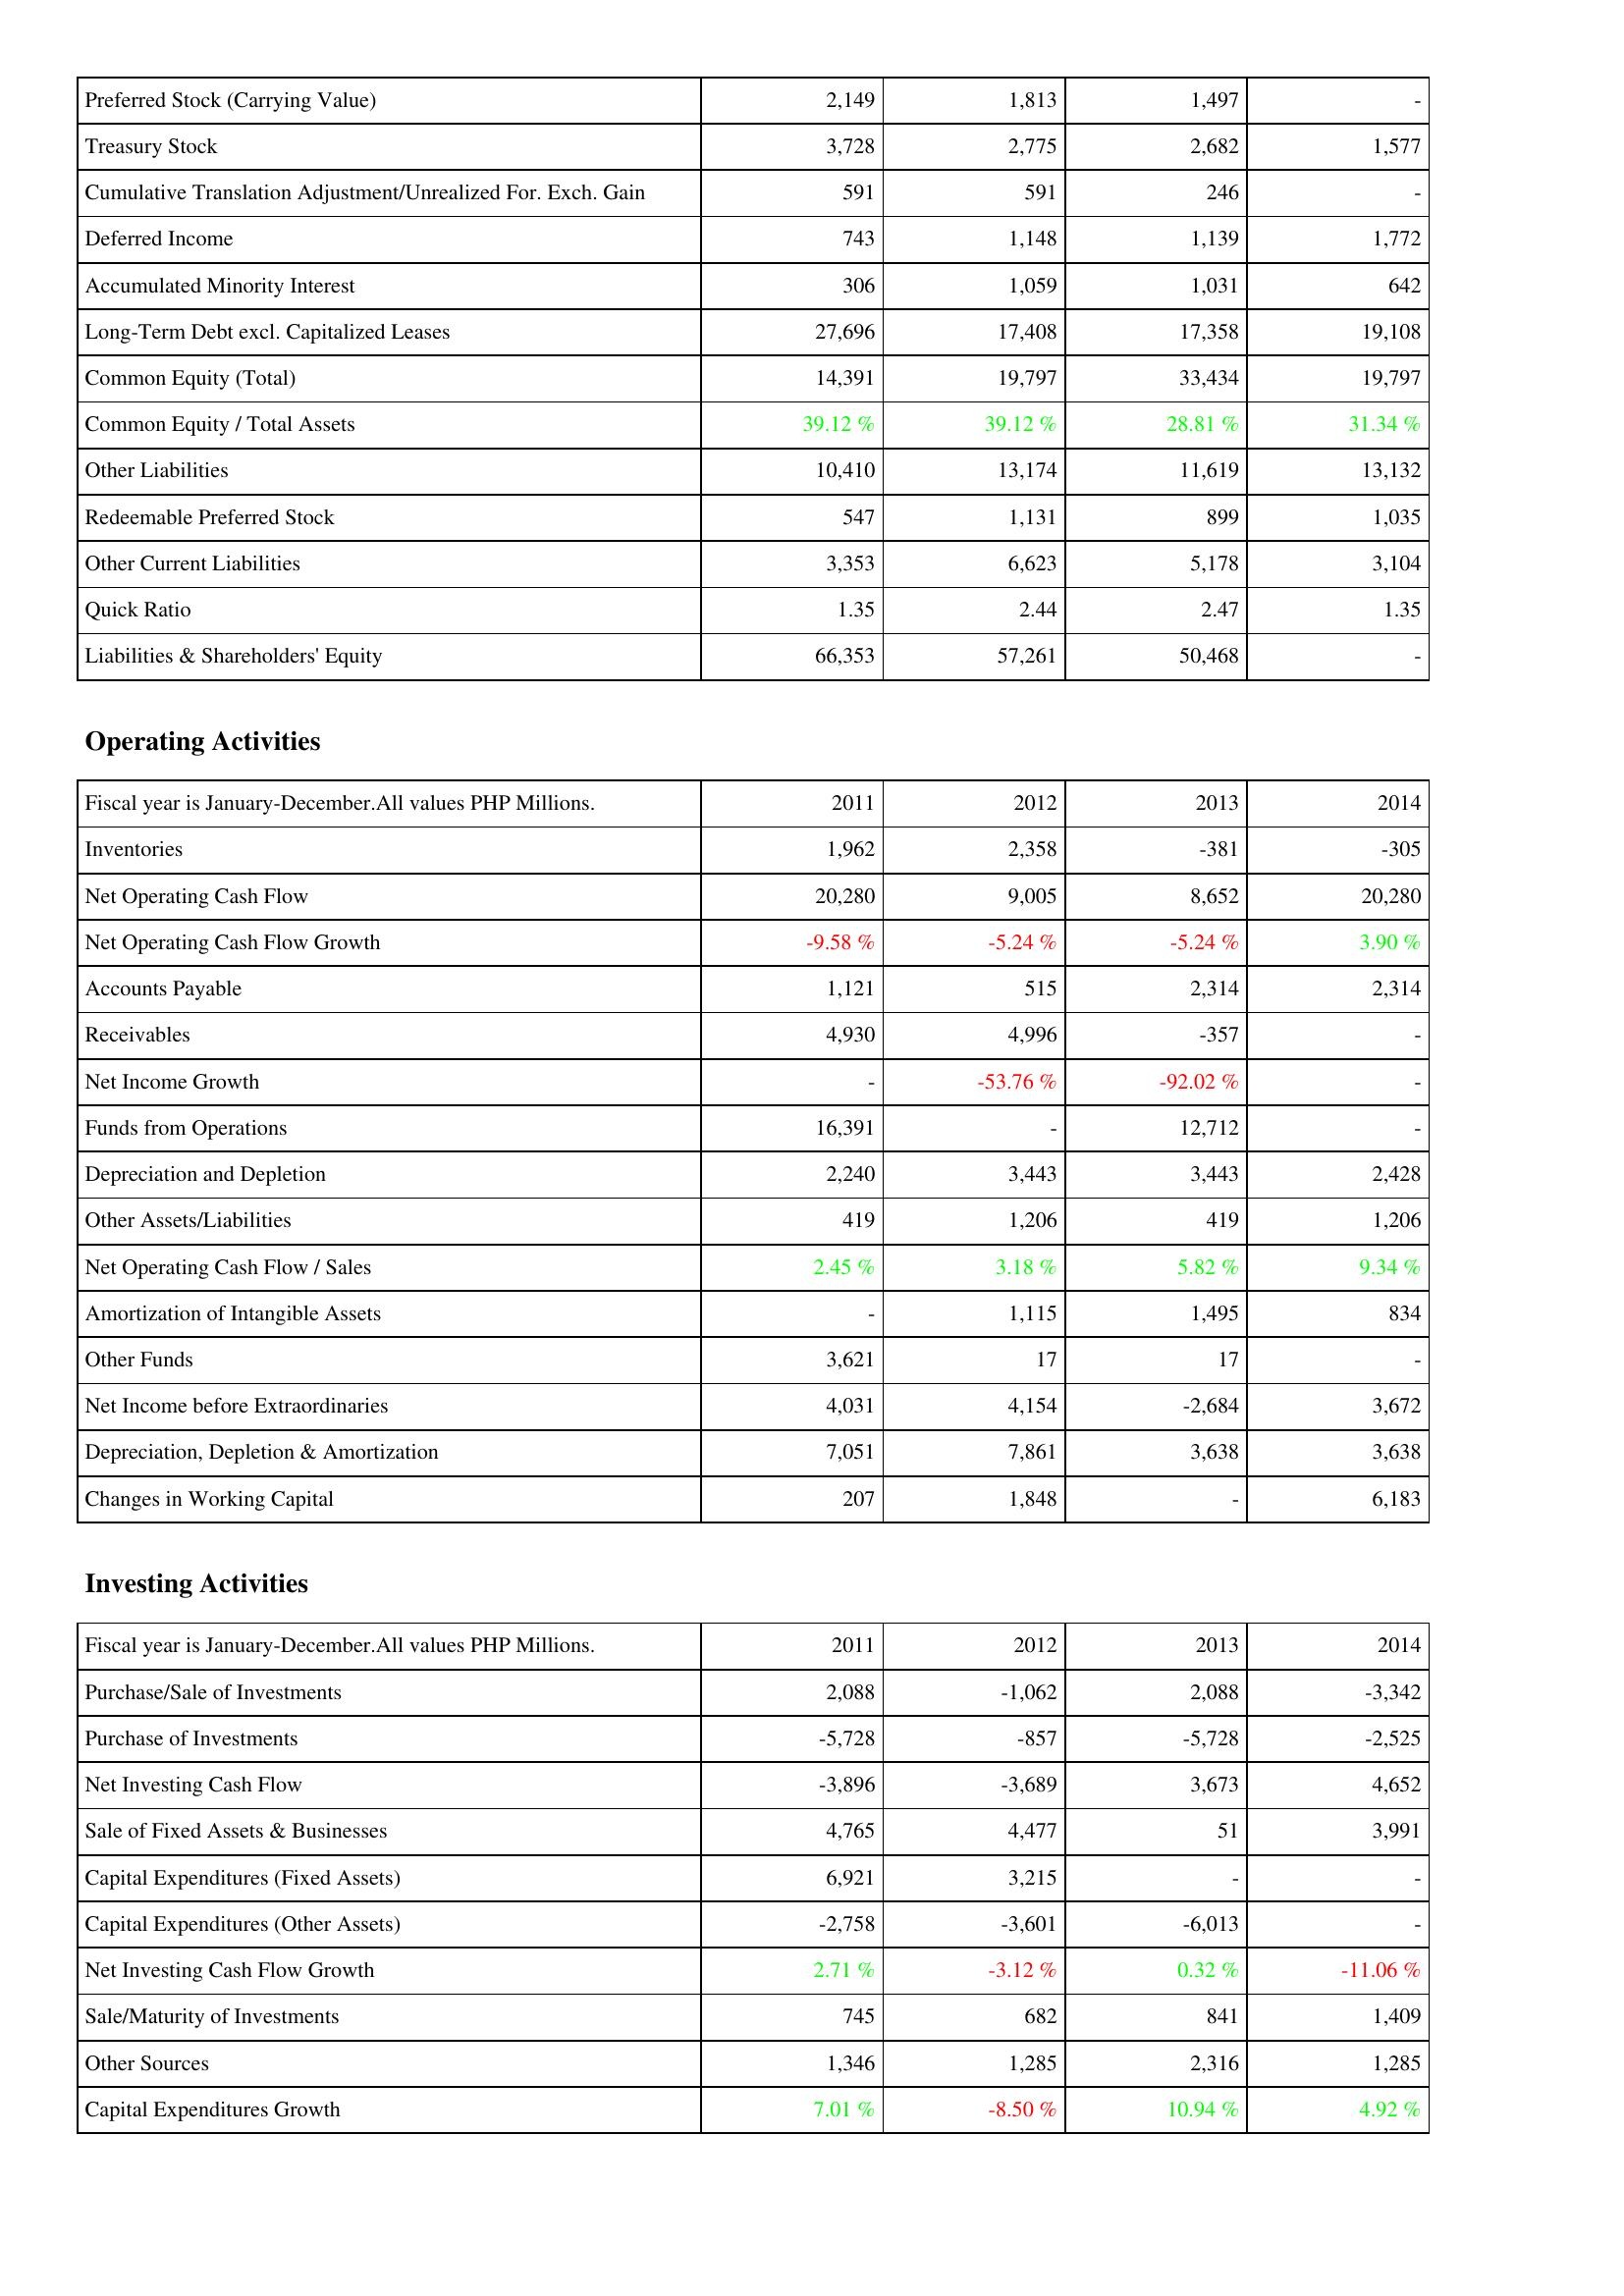
2011: Liabilities & Shareholders' Equity: Preferred Stock (Carrying Value): 2,149
Treasury Stock: 3,728
Cumulative Translation Adjustment/Unrealized For. Exch. Gain: 591
Deferred Income: 743
Accumulated Minority Interest: 306
Long-Term Debt excl. Capitalized Leases: 27,696
Common Equity (Total): 14,391
Common Equity / Total Assets: 39.12 %
Other Liabilities: 10,410
Redeemable Preferred Stock: 547
Other Current Liabilities: 3,353
Quick Ratio: 1.35
Liabilities & Shareholders' Equity: 66,353
Operating Activities: Inventories: 1,962
Net Operating Cash Flow: 20,280
Net Operating Cash Flow Growth: -9.58 %
Accounts Payable: 1,121
Receivables: 4,930
Net Income Growth: -
Funds from Operations: 16,391
Depreciation and Depletion: 2,240
Other Assets/Liabilities: 419
Net Operating Cash Flow / Sales: 2.45 %
Amortization of Intangible Assets: -
Other Funds: 3,621
Net Income before Extraordinaries: 4,031
Depreciation, Depletion & Amortization: 7,051
Changes in Working Capital: 207
Investing Activities: Purchase/Sale of Investments: 2,088
Purchase of Investments: -5,728
Net Investing Cash Flow: -3,896
Sale of Fixed Assets & Businesses: 4,765
Capital Expenditures (Fixed Assets): 6,921
Capital Expenditures (Other Assets): -2,758
Net Investing Cash Flow Growth: 2.71 %
Sale/Maturity of Investments: 745
Other Sources: 1,346
Capital Expenditures Growth: 7.01 %
2012: Liabilities & Shareholders' Equity: Preferred Stock (Carrying Value): 1,813
Treasury Stock: 2,775
Cumulative Translation Adjustment/Unrealized For. Exch. Gain: 591
Deferred Income: 1,148
Accumulated Minority Interest: 1,059
Long-Term Debt excl. Capitalized Leases: 17,408
Common Equity (Total): 19,797
Common Equity / Total Assets: 39.12 %
Other Liabilities: 13,174
Redeemable Preferred Stock: 1,131
Other Current Liabilities: 6,623
Quick Ratio: 2.44
Liabilities & Shareholders' Equity: 57,261
Operating Activities: Inventories: 2,358
Net Operating Cash Flow: 9,005
Net Operating Cash Flow Growth: -5.24 %
Accounts Payable: 515
Receivables: 4,996
Net Income Growth: -53.76 %
Funds from Operations: -
Depreciation and Depletion: 3,443
Other Assets/Liabilities: 1,206
Net Operating Cash Flow / Sales: 3.18 %
Amortization of Intangible Assets: 1,115
Other Funds: 17
Net Income before Extraordinaries: 4,154
Depreciation, Depletion & Amortization: 7,861
Changes in Working Capital: 1,848
Investing Activities: Purchase/Sale of Investments: -1,062
Purchase of Investments: -857
Net Investing Cash Flow: -3,689
Sale of Fixed Assets & Businesses: 4,477
Capital Expenditures (Fixed Assets): 3,215
Capital Expenditures (Other Assets): -3,601
Net Investing Cash Flow Growth: -3.12 %
Sale/Maturity of Investments: 682
Other Sources: 1,285
Capital Expenditures Growth: -8.50 %
2013: Liabilities & Shareholders' Equity: Preferred Stock (Carrying Value): 1,497
Treasury Stock: 2,682
Cumulative Translation Adjustment/Unrealized For. Exch. Gain: 246
Deferred Income: 1,139
Accumulated Minority Interest: 1,031
Long-Term Debt excl. Capitalized Leases: 17,358
Common Equity (Total): 33,434
Common Equity / Total Assets: 28.81 %
Other Liabilities: 11,619
Redeemable Preferred Stock: 899
Other Current Liabilities: 5,178
Quick Ratio: 2.47
Liabilities & Shareholders' Equity: 50,468
Operating Activities: Inventories: -381
Net Operating Cash Flow: 8,652
Net Operating Cash Flow Growth: -5.24 %
Accounts Payable: 2,314
Receivables: -357
Net Income Growth: -92.02 %
Funds from Operations: 12,712
Depreciation and Depletion: 3,443
Other Assets/Liabilities: 419
Net Operating Cash Flow / Sales: 5.82 %
Amortization of Intangible Assets: 1,495
Other Funds: 17
Net Income before Extraordinaries: -2,684
Depreciation, Depletion & Amortization: 3,638
Changes in Working Capital: -
Investing Activities: Purchase/Sale of Investments: 2,088
Purchase of Investments: -5,728
Net Investing Cash Flow: 3,673
Sale of Fixed Assets & Businesses: 51
Capital Expenditures (Fixed Assets): -
Capital Expenditures (Other Assets): -6,013
Net Investing Cash Flow Growth: 0.32 %
Sale/Maturity of Investments: 841
Other Sources: 2,316
Capital Expenditures Growth: 10.94 %
2014: Liabilities & Shareholders' Equity: Preferred Stock (Carrying Value): -
Treasury Stock: 1,577
Cumulative Translation Adjustment/Unrealized For. Exch. Gain: -
Deferred Income: 1,772
Accumulated Minority Interest: 642
Long-Term Debt excl. Capitalized Leases: 19,108
Common Equity (Total): 19,797
Common Equity / Total Assets: 31.34 %
Other Liabilities: 13,132
Redeemable Preferred Stock: 1,035
Other Current Liabilities: 3,104
Quick Ratio: 1.35
Liabilities & Shareholders' Equity: -
Operating Activities: Inventories: -305
Net Operating Cash Flow: 20,280
Net Operating Cash Flow Growth: 3.90 %
Accounts Payable: 2,314
Receivables: -
Net Income Growth: -
Funds from Operations: -
Depreciation and Depletion: 2,428
Other Assets/Liabilities: 1,206
Net Operating Cash Flow / Sales: 9.34 %
Amortization of Intangible Assets: 834
Other Funds: -
Net Income before Extraordinaries: 3,672
Depreciation, Depletion & Amortization: 3,638
Changes in Working Capital: 6,183
Investing Activities: Purchase/Sale of Investments: -3,342
Purchase of Investments: -2,525
Net Investing Cash Flow: 4,652
Sale of Fixed Assets & Businesses: 3,991
Capital Expenditures (Fixed Assets): -
Capital Expenditures (Other Assets): -
Net Investing Cash Flow Growth: -11.06 %
Sale/Maturity of Investments: 1,409
Other Sources: 1,285
Capital Expenditures Growth: 4.92 %